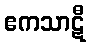
ဧကသာဋီ